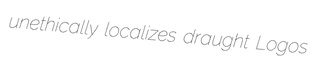
unethically localizes draught Logos